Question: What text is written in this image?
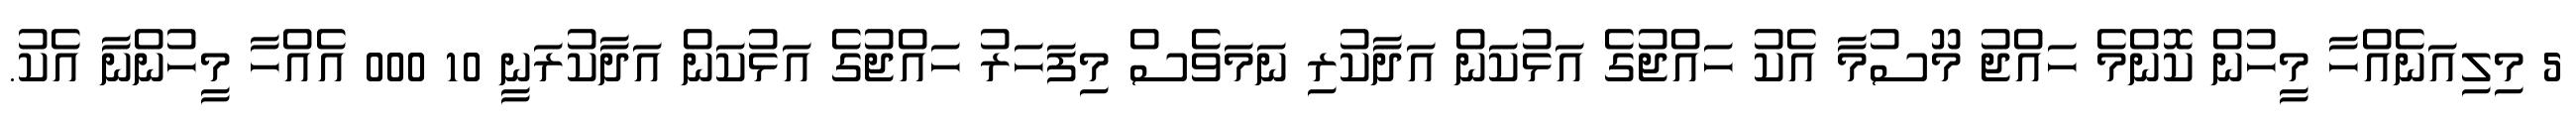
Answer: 5 މިލިއަނެއްހާ މީހުން ކޮންމެ ހައްޖު މޫސުމާ އެކު ހައްޖުގެ އަޅުކަން އަދާކުރި ނަމަވެސް މިފަހަރު ހައްޖުގެ އަޅުކަން އަދާކުރަނީ 10 000 އެއްހާ މީހުންނާ އެކު.